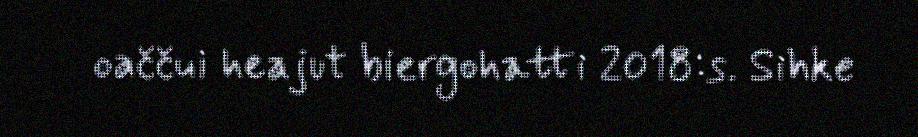
oaččui heajut biergohatti 2018:s. Sihke